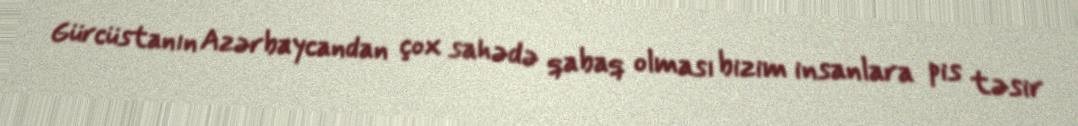
Gürcüstanın Azərbaycandan çox sahədə qabaq olması bizim insanlara pis təsir